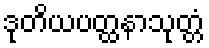
ဒုတိယပတ္ထနာသုတ္တံ